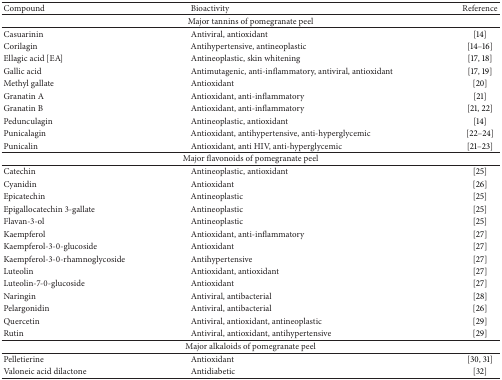
<table><thead><tr><td><b>Compound</b></td><td><b>Bioactivity</b></td><td><b>Reference</b></td></tr></thead><tbody><tr><td colspan="3">Major tannins of pomegranate peel</td></tr><tr><td>Casuarinin</td><td>Antiviral, antioxidant</td><td>[14]</td></tr><tr><td>Corilagin</td><td>Antihypertensive, antineoplastic</td><td>[14–16]</td></tr><tr><td>Ellagic acid [EA]</td><td>Antineoplastic, skin whitening</td><td>[17, 18]</td></tr><tr><td>Gallic acid</td><td>Antimutagenic, anti-inflammatory, antiviral, antioxidant</td><td>[17, 19]</td></tr><tr><td>Methyl gallate</td><td>Antioxidant</td><td>[20]</td></tr><tr><td>Granatin A</td><td>Antioxidant, anti-inflammatory</td><td>[21]</td></tr><tr><td>Granatin B</td><td>Antioxidant, anti-inflammatory</td><td>[21, 22]</td></tr><tr><td>Pedunculagin</td><td>Antineoplastic, antioxidant</td><td>[14]</td></tr><tr><td>Punicalagin</td><td>Antioxidant, antihypertensive, anti-hyperglycemic</td><td>[22–24]</td></tr><tr><td>Punicalin</td><td>Antioxidant, anti HIV, anti-hyperglycemic</td><td>[21–23]</td></tr><tr><td colspan="3">Major flavonoids of pomegranate peel</td></tr><tr><td>Catechin</td><td>Antineoplastic, antioxidant</td><td>[25]</td></tr><tr><td>Cyanidin</td><td>Antioxidant</td><td>[26]</td></tr><tr><td>Epicatechin</td><td>Antineoplastic</td><td>[25]</td></tr><tr><td>Epigallocatechin 3-gallate</td><td>Antineoplastic</td><td>[25]</td></tr><tr><td>Flavan-3-ol</td><td>Antineoplastic</td><td>[25]</td></tr><tr><td>Kaempferol</td><td>Antioxidant, anti-inflammatory</td><td>[27]</td></tr><tr><td>Kaempferol-3-0-glucoside</td><td>Antioxidant</td><td>[27]</td></tr><tr><td>Kaempferol-3-0-rhamnoglycoside</td><td>Antihypertensive</td><td>[27]</td></tr><tr><td>Luteolin</td><td>Antioxidant, antioxidant</td><td>[27]</td></tr><tr><td>Luteolin-7-0-glucoside</td><td>Antioxidant</td><td>[27]</td></tr><tr><td>Naringin</td><td>Antiviral, antibacterial</td><td>[28]</td></tr><tr><td>Pelargonidin</td><td>Antiviral, antibacterial</td><td>[26]</td></tr><tr><td>Quercetin</td><td>Antiviral, antioxidant, antineoplastic</td><td>[29]</td></tr><tr><td>Rutin</td><td>Antiviral, antioxidant, antihypertensive</td><td>[29]</td></tr><tr><td colspan="3">Major alkaloids of pomegranate peel</td></tr><tr><td>Pelletierine</td><td>Antioxidant</td><td>[30, 31]</td></tr><tr><td>Valoneic acid dilactone</td><td>Antidiabetic</td><td>[32]</td></tr></tbody></table>